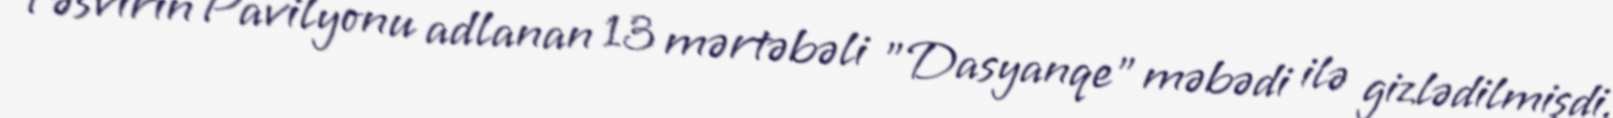
Təsvirin Pavilyonu adlanan 13 mərtəbəli "Dasyanqe" məbədi ilə gizlədilmişdi.